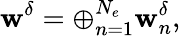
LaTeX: \textbf{w}^{\delta}=\oplus_{n=1}^{N_{e}}\textbf{w}_{n}^{\delta},